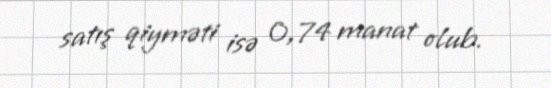
satış qiyməti isə 0,74 manat olub.